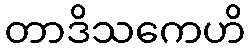
တာဒိသကေဟိ